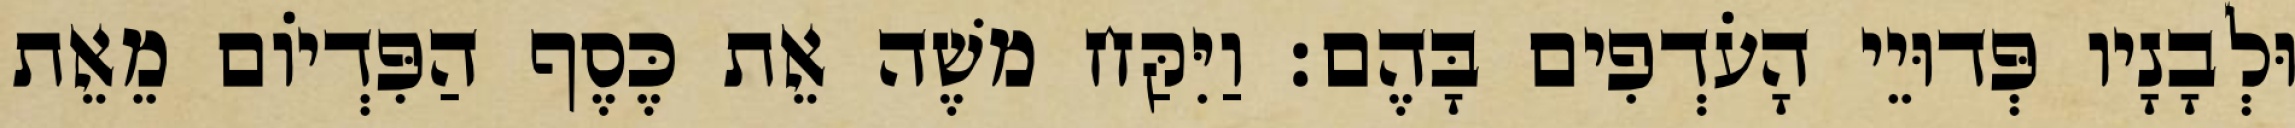
וּלְבָנָיו פְּדוּיֵי הָעֹדְפִים בָּהֶם׃ וַיִּקַּח משֶׁה אֵת כֶּסֶף הַפִּדְיוֹם מֵאֵת